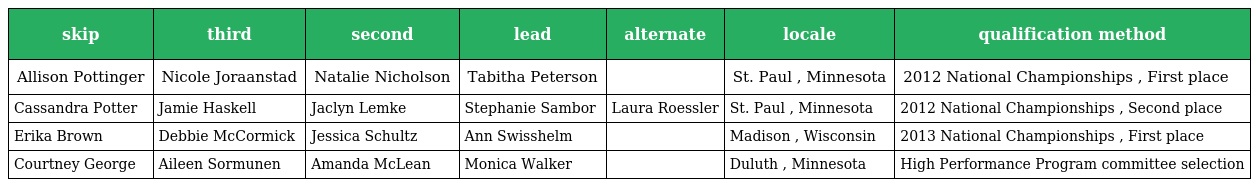
| skip | third | second | lead | alternate | locale | qualification method |
 | --- | --- | --- | --- | --- | --- | --- |
 | Allison Pottinger | Nicole Joraanstad | Natalie Nicholson | Tabitha Peterson |  | St. Paul , Minnesota | 2012 National Championships , First place |
 | Cassandra Potter | Jamie Haskell | Jaclyn Lemke | Stephanie Sambor | Laura Roessler | St. Paul , Minnesota | 2012 National Championships , Second place |
 | Erika Brown | Debbie McCormick | Jessica Schultz | Ann Swisshelm |  | Madison , Wisconsin | 2013 National Championships , First place |
 | Courtney George | Aileen Sormunen | Amanda McLean | Monica Walker |  | Duluth , Minnesota | High Performance Program committee selection |